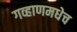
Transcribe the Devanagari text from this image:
गव्हाणमधेच